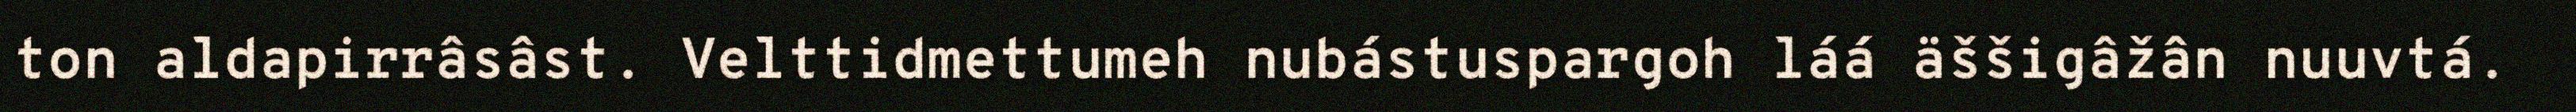
ton aldapirrâsâst. Velttidmettumeh nubástuspargoh láá äššigâžân nuuvtá.